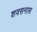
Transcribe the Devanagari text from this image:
शवसनास